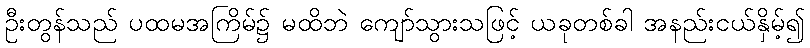
ဦးတွန်သည် ပထမအကြိမ်၌ မထိဘဲ ကျော်သွားသဖြင့် ယခုတစ်ခါ အနည်းငယ်နှိမ့်၍